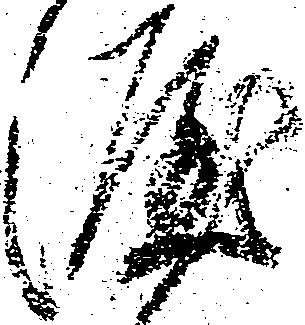
涯